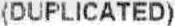
(DUPLICATED)